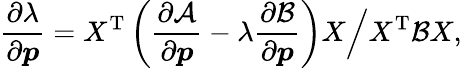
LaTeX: \frac{\partial\lambda}{\partial\boldsymbol{p}}=X^{\mathrm{T}}\left(\frac{\partial\mathcal{A}}{\partial\boldsymbol{p}}-\lambda\frac{\partial\mathcal{B}}{\partial\boldsymbol{p}}\right)X\Big/{X^{\mathrm{T}}\mathcal{B}X},